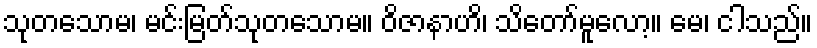
သုတသောမ၊ မင်းမြတ်သုတသောမ။ ဝိဇာနာဟိ၊ သိတော်မူလော့။ မေ၊ ငါသည်။